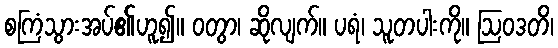
စကြံသွားအပ်၏ဟူ၍။ ဝတွာ၊ ဆိုလျက်။ ပရံ၊ သူတပါးကို။ ဩဝဒတိ၊